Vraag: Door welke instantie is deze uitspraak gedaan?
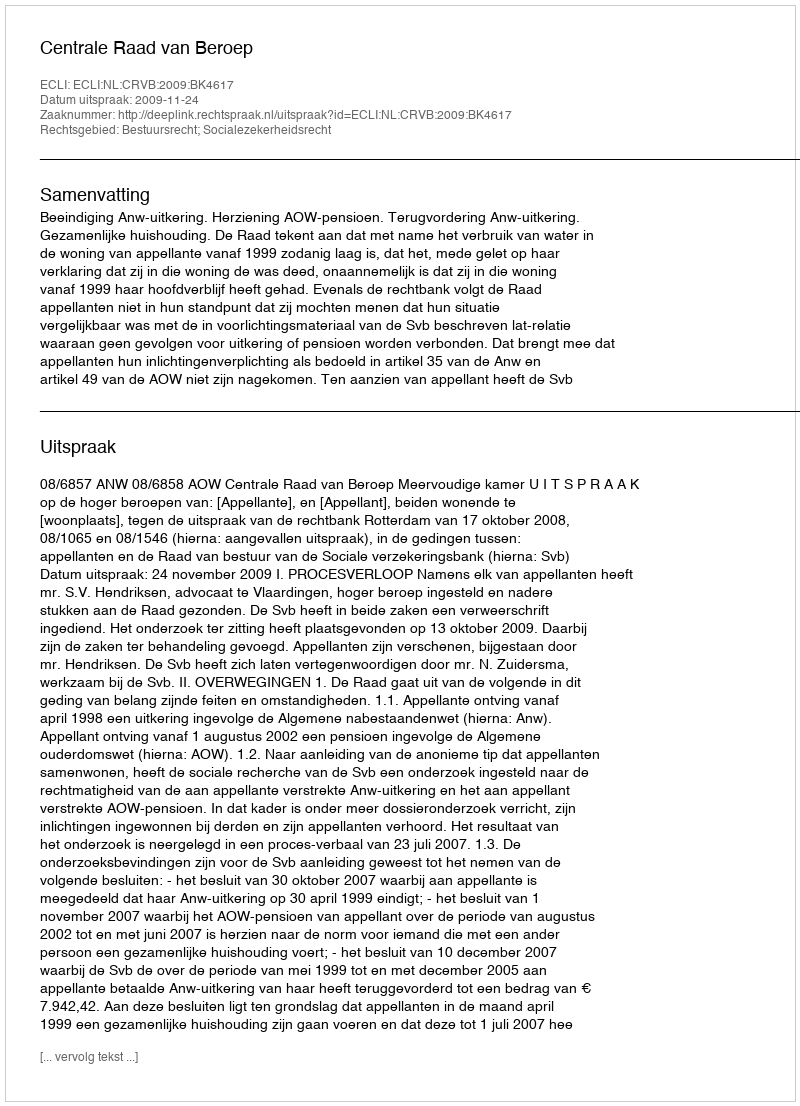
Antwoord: Centrale Raad van Beroep